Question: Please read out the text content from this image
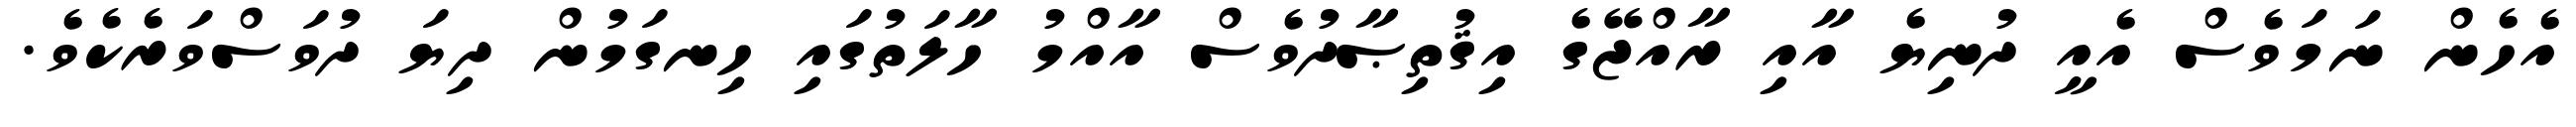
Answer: އެހެން ނަމަވެސް އެއީ ދުނިޔެ އާއި ރާއްޖޭގެ އިޤުތިޞާދުވެސް އާއްމު ހާލަތުގައި ހިނގަމުން ދިޔަ ދުވަސްވަރެކެވެ.